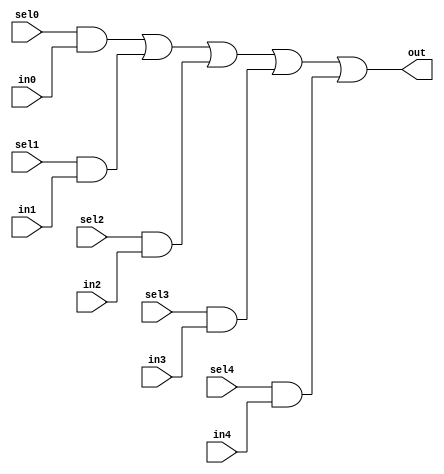
module oh_mux5 #(parameter DW = 1 ) // width of mux
   (
    input 	    sel4,
    input 	    sel3,
    input 	    sel2,
    input 	    sel1,
    input 	    sel0,
    input [DW-1:0]  in4,
    input [DW-1:0]  in3,
    input [DW-1:0]  in2,
    input [DW-1:0]  in1,
    input [DW-1:0]  in0, 
    output [DW-1:0] out  //selected data output
    );
  
   assign out[DW-1:0] = ({(DW){sel0}} & in0[DW-1:0] |
			 {(DW){sel1}} & in1[DW-1:0] |
			 {(DW){sel2}} & in2[DW-1:0] |
			 {(DW){sel3}} & in3[DW-1:0] |
			 {(DW){sel4}} & in4[DW-1:0]);
   		               
endmodule